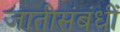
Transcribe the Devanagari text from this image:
जातीसंबंधीं